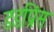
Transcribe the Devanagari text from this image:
डडप्रिंस